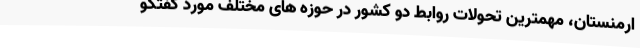
ارمنستان، مهمترین تحولات روابط دو کشور در حوزه های مختلف مورد گفتگو